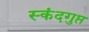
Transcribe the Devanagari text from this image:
स्‍कंदगुप्त